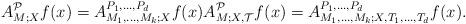
LaTeX: \begin{align*}A_{M;X}^{\mathcal P}f(x) =A_{M_1,\ldots, M_k;X}^{P_1,\ldots, P_d} f(x) A_{{M}; X, {\mathcal T}}^{\mathcal P}f(x) =A_{M_1,\ldots, M_k;X,T_1,\ldots, T_d}^{P_1,\ldots, P_d} f(x).\end{align*}